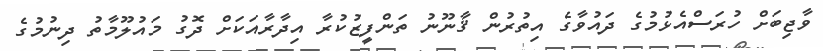
ވާޖިބަށް ހުރަސްއެޅުމުގެ ދައުވާގެ އިތުރުން ޤާނޫނު ތަންފީޒުކުރާ އިދާރާއަކަށް ދޮގު މައުލޫމާތު ދިނުމުގެ